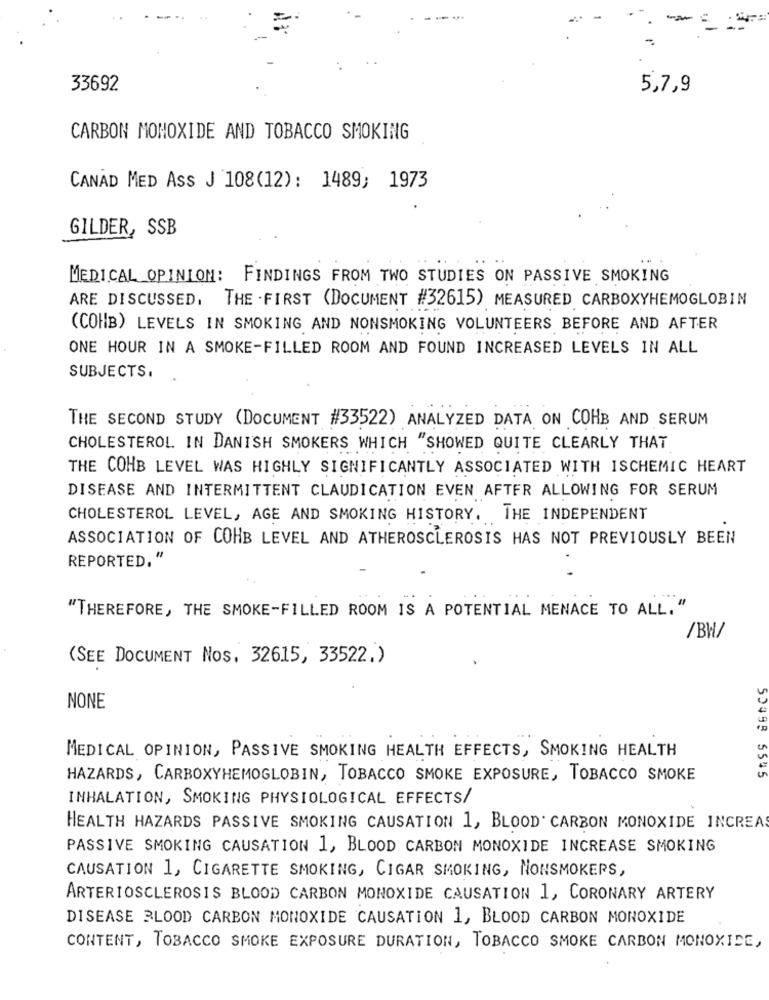
33692
5,7,9
CARBON MONOXIDE AND TOBACCO SMOKING
CANAD MED ASS J 108(12): 1489; 1973
GILDER, SSB
MEDICAL OPINION: FINDINGS FROM TWO STUDIES ON PASSIVE SMOKING
ARE DISCUSSED, THE FIRST (DOCUMENT #32615) MEASURED CARBOXYHEMOGLOBIN
(COHB) LEVELS IN SMOKING AND NONSMOKING VOLUNTEERS BEFORE AND AFTER
ONE HOUR IN A SMOKE-FILLED ROOM AND FOUND INCREASED LEVELS IN ALL
SUBJECTS.
THE SECOND STUDY (DOCUMENT #33522) ANALYZED DATA ON COHB AND SERUM
CHOLESTEROL IN DANISH SMOKERS WHICH "SHOWED QUITE CLEARLY THAT
THE COHB LEVEL WAS HIGHLY SIGNIFICANTLY ASSOCIATED WITH ISCHEMIC HEART
DISEASE AND INTERMITTENT CLAUDICATION EVEN AFTER ALLOWING FOR SERUM
CHOLESTEROL LEVEL, AGE AND SMOKING HISTORY. THE INDEPENDENT
ASSOCIATION OF COHB LEVEL AND ATHEROSCLEROSIS HAS NOT PREVIOUSLY BEEN
REPORTED, "
.
"THEREFORE, THE SMOKE-FILLED ROOM IS A POTENTIAL MENACE TO ALL. "
/BW/
(SEE DOCUMENT Nos, 32615, 33522.)
NONE
MEDICAL OPINION, PASSIVE SMOKING HEALTH EFFECTS, SMOKING HEALTH
HAZARDS, CARBOXYHEMOGLOBIN, TOBACCO SMOKE EXPOSURE, TOBACCO SMOKE
55499 5545
INHALATION, SMOKING PHYSIOLOGICAL EFFECTS/
HEALTH HAZARDS PASSIVE SMOKING CAUSATION 1, BLOOD CARBON MONOXIDE INCREAS
PASSIVE SMOKING CAUSATION 1, BLOOD CARBON MONOXIDE INCREASE SMOKING
CAUSATION 1, CIGARETTE SMOKING, CIGAR SMOKING, NONSMOKERS,
ARTERIOSCLEROSIS BLOOD CARBON MONOXIDE CAUSATION 1, CORONARY ARTERY
DISEASE BLOOD CARBON MONOXIDE CAUSATION 1, BLOOD CARBON MONOXIDE
CONTENT, TOBACCO SMOKE EXPOSURE DURATION, TOBACCO SMOKE CARBON MONOXIDE,